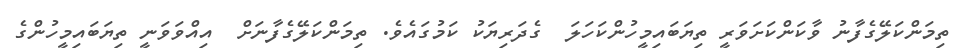
ތިމަންކަލޭގެފާނު ވާކަންކަށަވަރީ ތިޔަބައިމީހުންކަހަލަ  ގެދަރިޔަކު ކަމުގައެވެ. ތިމަންކަލޭގެފާނަށް  އިއްވަވަނީ ތިޔަބައިމީހުންގެ